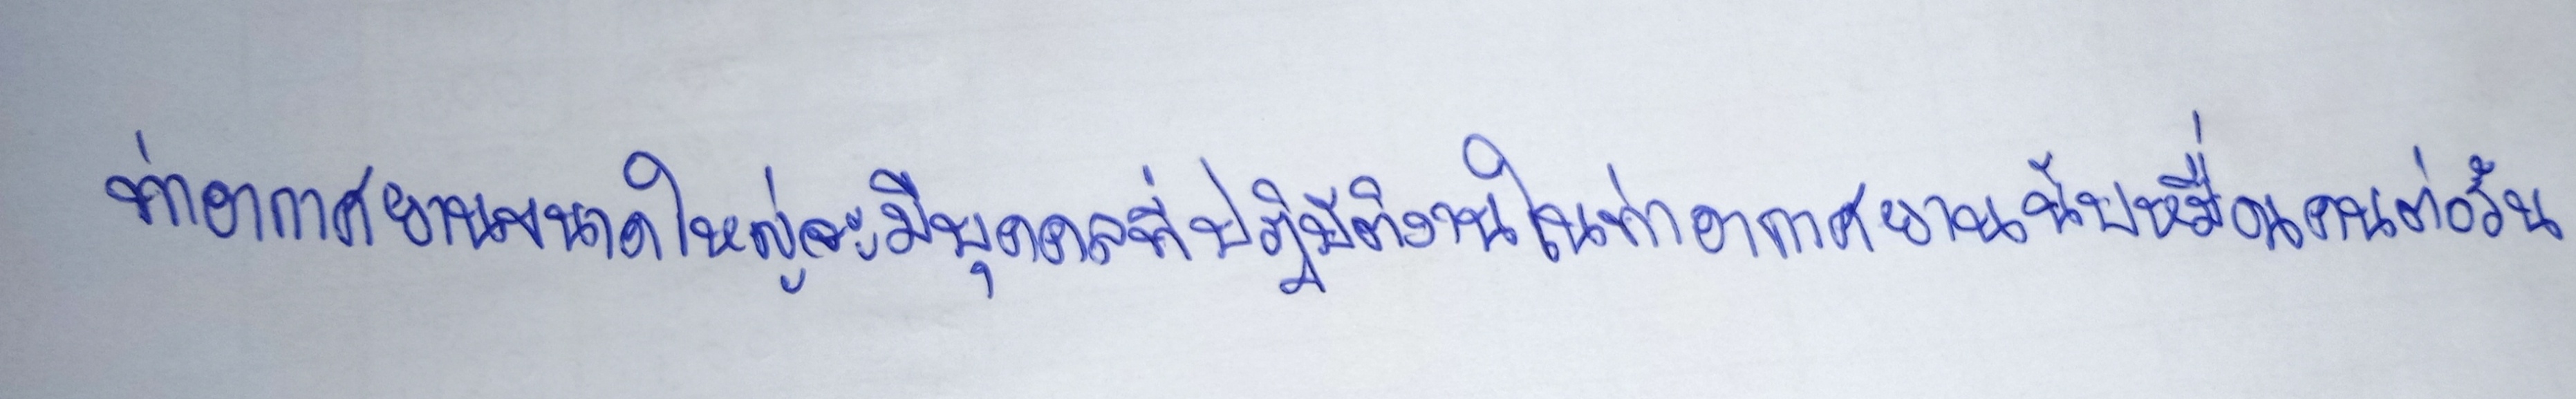
ท่าอากาศยานขนาดใหญ่จะมีบุคคลที่ปฏิบัติงานในท่าอากาศยานนับหมื่นคนต่อวัน